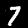
Label: 7